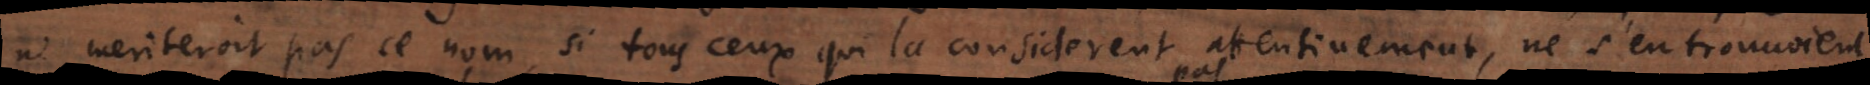
ne meriteroit pas ce nom, si tous ceux qui la considerent attentivement, ne s’en trouvoient